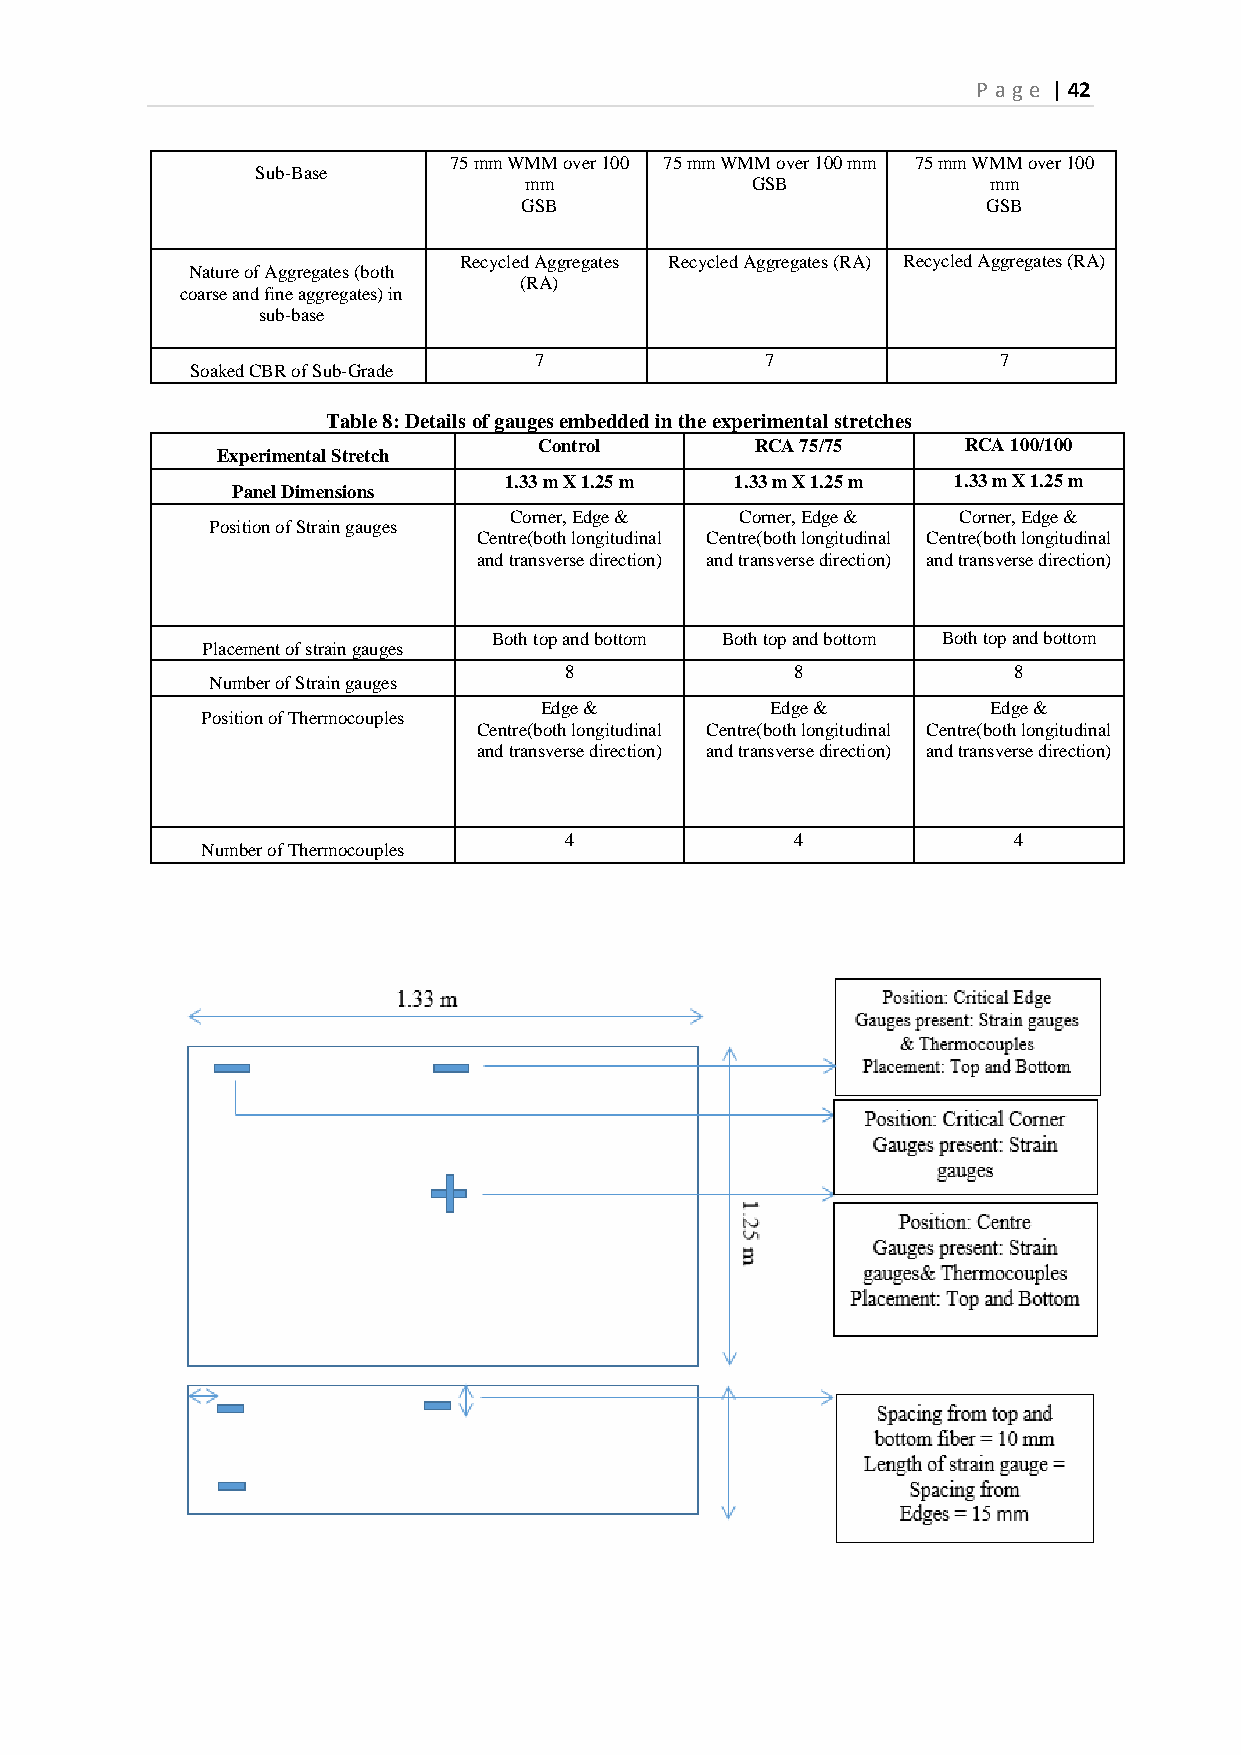
P age | 42
 75 mm WMM over 100 75 mm WMM over 100 mm 75 mm WMM over 100
 Sub-Base
 mm             GSB             mm
 GSB                           GSB
 Recycled Aggregates Recycled Aggregates (RA) Recycled Aggregates (RA)
 Nature of Aggregates (both
 (RA)
 coarse and fine aggregates) in
 sub-base
 7               7              7
 Soaked CBR of Sub-Grade
 Table 8: Details of gauges embedded in the experimental stretches
 Control       RCA 75/75     RCA 100/100
 Experimental Stretch
 1.33 m X 1.25 m 1.33 m X 1.25 m 1.33 m X 1.25 m
 Panel Dimensions
 Corner, Edge & Corner, Edge & Corner, Edge &
 Position of Strain gauges
 Centre(both longitudinal Centre(both longitudinal Centre(both longitudinal
 and transverse direction) and transverse direction) and transverse direction)
 Both top and bottom Both top and bottom Both top and bottom
 Placement of strain gauges
 8               8             8
 Number of Strain gauges
 Edge &         Edge &         Edge &
 Position of Thermocouples
 Centre(both longitudinal Centre(both longitudinal Centre(both longitudinal
 and transverse direction) and transverse direction) and transverse direction)
 4               4             4
 Number of Thermocouples